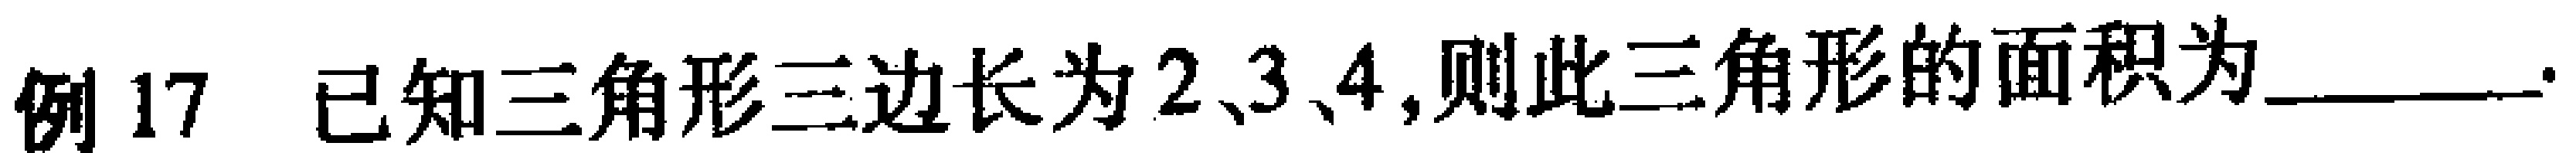
例 17 已知三角形三边长为\(2\)、\(3\)、\(4\)，则此三角形的面积为______。